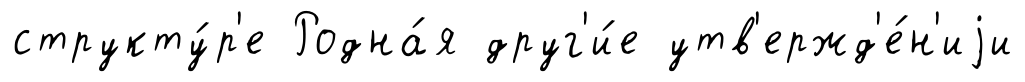
структу́р'е Родна́я друг'и́е утв'ержд'е́н'иjи